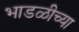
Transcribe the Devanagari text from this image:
भाडळीच्या